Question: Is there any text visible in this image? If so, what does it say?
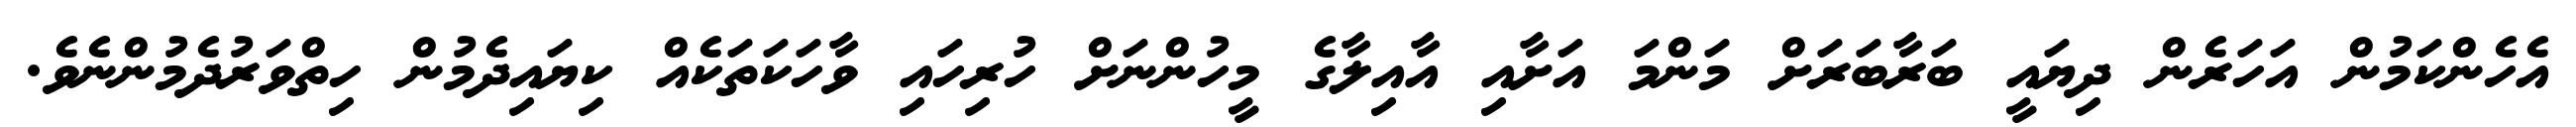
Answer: އެހެންކަމުން އަހަރެން ދިޔައީ ބަރާބަރަށް މަންމަ އަށާއި އާއިލާގެ މީހުންނަށް ހުރިހައި ވާހަކަތަކެއް ކިޔައިދެމުން ހިތްވަރުދެމުންނެވެ.